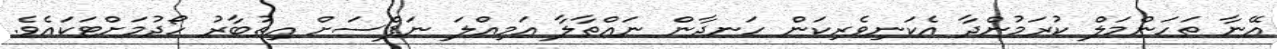
އޭނާ ތަހަންމަލް ކުރަމުންދާ އެކަނިވެރިކަން ހަނދާން ނައްތާލާ އަމިއްލަ ނަފްސަށް އިތުބާރު ހޯދުމަށްޓަކައެވެ.